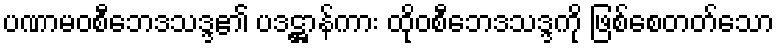
ပဏာမဝစီဘေဒသဒ္ဒ၏ ပဒဋ္ဌာန်ကား ထိုဝစီဘေဒသဒ္ဒကို ဖြစ်စေတတ်သော